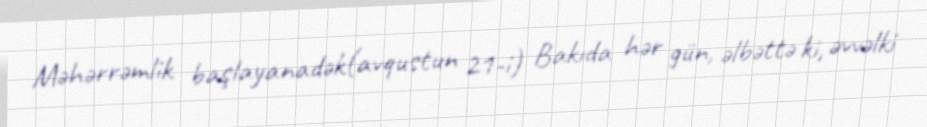
Məhərrəmlik başlayanadək(avqustun 21-i) Bakıda hər gün, əlbəttə ki, əvvəlki